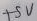
Text: +5V